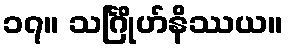
၁၇။ သင်္ဂြိုဟ်နိဿယ။